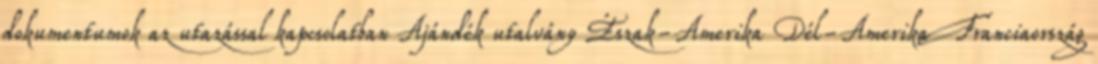
dokumentumok az utazással kapcsolatban Ajándék utalvány Észak-Amerika Dél-Amerika Franciaország